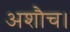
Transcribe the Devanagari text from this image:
अशौच।